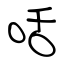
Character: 咶